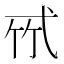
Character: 𢎉